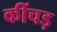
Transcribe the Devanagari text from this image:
कींचड़